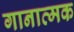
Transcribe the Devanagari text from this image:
गानात्मक